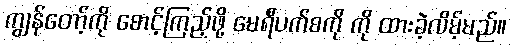
ကျွန်တော့်ကို စောင့်ကြည့်ဖို့ မေရီပက်စကို ကို ထားခဲ့လိမ့်မည်။